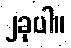
၂ခုပါ။